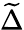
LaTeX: \widetilde{\Delta}